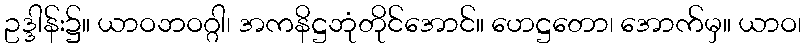
ဥဒ္ဒါန်း၌။ ယာဝဘဝဂ္ဂါ၊ အကနိဋ္ဌဘုံတိုင်အောင်။ ဟေဋ္ဌတော၊ အောက်မှ။ ယာဝ၊